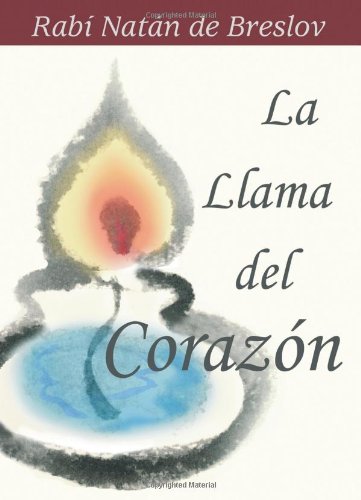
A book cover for La Llama del Corazon: Plegarias de un MÃ­stico JasÃ­dico (Spanish Edition); RabÃ­ NatÃ¡n de Breslov; Religion & Spirituality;